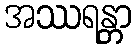
အဿရန္တာ